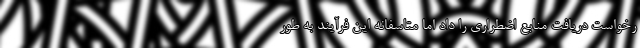
رخواست دریافت منابع اضطراری را داد اما متاسفانه این فرآیند به طور